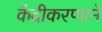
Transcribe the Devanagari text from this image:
केंद्रीकरणाने